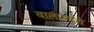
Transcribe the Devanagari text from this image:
बालपणचे